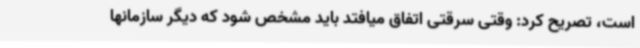
است، تصریح کرد: وقتی سرقتی اتفاق میافتد باید مشخص شود که دیگر سازمانها